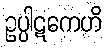
ဥပ္ပါဋကေဟိ